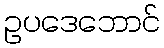
ဥပဒေဘောင်